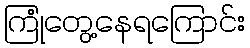
ကြုံတွေ့နေရကြောင်း